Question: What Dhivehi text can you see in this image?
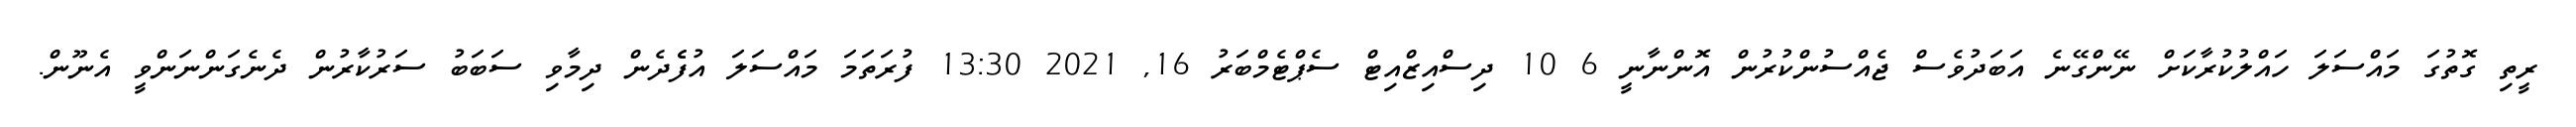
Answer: ރީތި ގޮތުގަ މައްސަލަ ހައްލުކުރާކަށް ނޭންގޭނެ އަބަދުވެސް ޖެއްސުންކުރުން އޮންނާނީ 6 10 ދިސްއިޒްއިޓް ސެޕްޓެމްބަރު 16, 2021 13:30 ފުރަތަމަ މައްސަލަ އުފެެދެން ދިމާވި ސަބަބު ސަރުކާރުން ދެނެގަންނަންވީ އެނޫން.